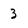
Character: 3